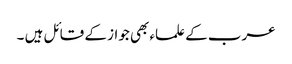
عرب کے علماء بھی جواز کے قائل ہیں ۔